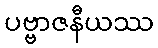
ပဗ္ဗာဇနီယဿ